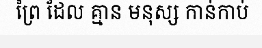
ព្រៃ ដែល គ្មាន មនុស្ស កាន់កាប់